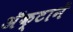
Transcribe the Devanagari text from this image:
अॅक्टानें